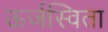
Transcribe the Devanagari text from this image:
ऊर्जस्विता